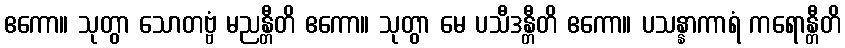
ဧကော။ သုတွာ သောတဗ္ဗံ မညန္တီတိ ဧကော။ သုတွာ မေ ပသီဒန္တီတိ ဧကော။ ပသန္နာကာရံ ကရောန္တီတိ